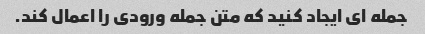
جمله ای ایجاد کنید که متن جمله ورودی را اعمال کند.